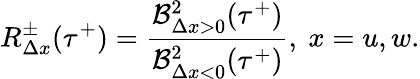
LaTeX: R_{\Delta x}^{\pm}(\tau^{+})=\frac{\mathcal{B}_{\Delta x>0}^{2}(\tau^{+})}{\mathcal{B}_{\Delta x<0}^{2}(\tau^{+})},\ x=u,w.